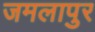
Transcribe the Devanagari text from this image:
जमलापुर